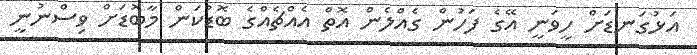
އަޅުގަނޑަށް ހީވަނީ އޭގެ ފަހުން ގެއްލެން އޮތް އެއްޗެއްގެ ބޮޑުކަން މާބޮޑަށް ވިސްނުނީ